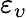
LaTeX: \varepsilon_{\upsilon}